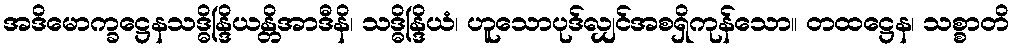
အဒိမောက္ခဋ္ဌေနသဒ္ဓိန္ဒြိယန္တိအာဒီနိ၊ သဒ္ဓိန္ဒြိယံ၊ ဟူသောပုဒ်လျှင်အစရှိကုန်သော။ တထဋ္ဌေန၊ သစ္စာတိ